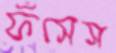
ফঁসেস